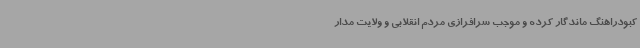
کبودراهنگ ماندگار کرده و موجب سرافرازی مردم انقلابی و ولایت مدار